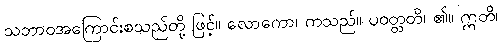
သဘာဝအကြောင်းစသည်တို့ ဖြင့်။ လောကော၊ ကသည်။ ပဝတ္တတိ၊ ၏။ ဣတိ၊